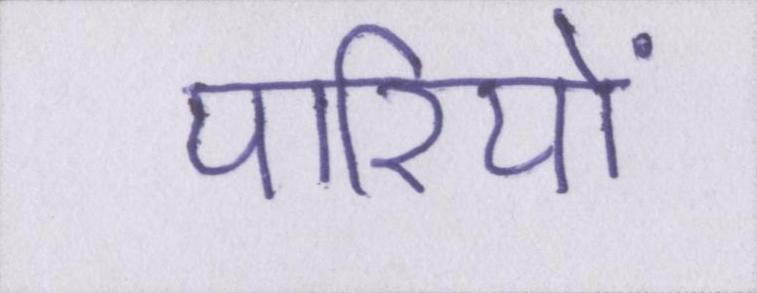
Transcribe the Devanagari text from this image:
पारियों